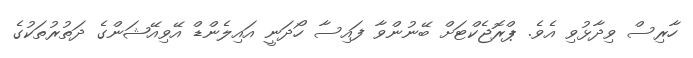
ހާރިސް ވިދާޅުވި އެވެ. ޕްރޮޖެކްޓަށް ބޭނުންވާ ފައިސާ ހޯދަނީ އައިލެންޑް އޭވިއޭޝަންގެ ދަތުރުތަކުގެ